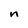
Character: n